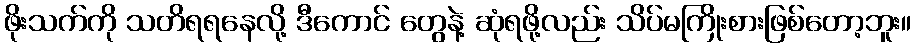
ဖိုးသက်ကို သတိရရနေလို့ ဒီကောင် တွေနဲ့ ဆုံရဖို့လည်း သိပ်မကြိုးစားဖြစ်တော့ဘူး။